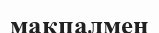
мақпалмен